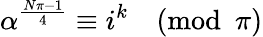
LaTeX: \alpha^{\frac{N\pi-1}{4}}\equiv i^{k}{\pmod{\pi}}